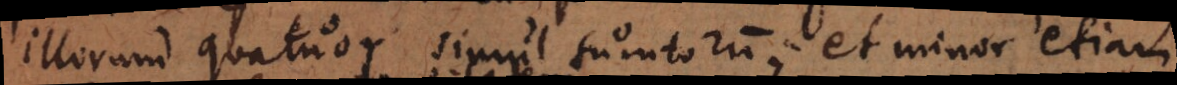
illorum quatuor simul sumtorum, et minor etiam